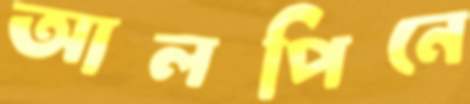
আলপিনে